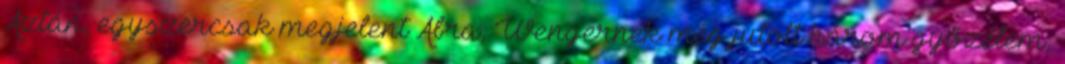
Aztán, egyszercsak megjelent Abra, Wengernek még jutott három győzelem,